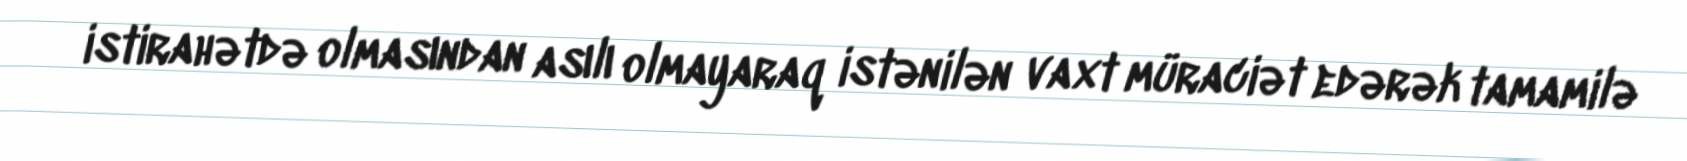
istirahətdə olmasından asılı olmayaraq istənilən vaxt müraciət edərək tamamilə